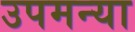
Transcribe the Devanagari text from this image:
उपमन्या